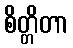
စိတ္တိတာ